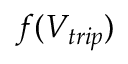
f ( V _ { t r i p } )